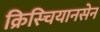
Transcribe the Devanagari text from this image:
क्रिस्चियानसेन